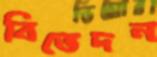
বিভেদন